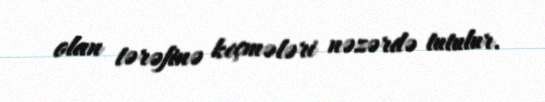
olan tərəfinə keçmələri nəzərdə tutulur.